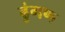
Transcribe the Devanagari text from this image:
ढुंगण